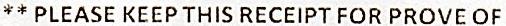
** PLEASE KEEP THIS RECEIPT FOR PROVE OF